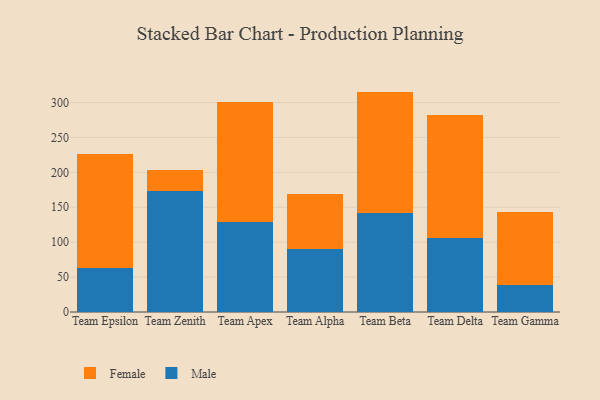
{"axis": {"x": "Team", "y": "Website Visitors"}, "legend": ["Female", "Male"], "data": [{"x": "Team Epsilon", "y": 62.4, "type": "Male"}, {"x": "Team Epsilon", "y": 163.3, "type": "Female"}, {"x": "Team Zenith", "y": 173.8, "type": "Male"}, {"x": "Team Zenith", "y": 29.7, "type": "Female"}, {"x": "Team Apex", "y": 129.2, "type": "Male"}, {"x": "Team Apex", "y": 171.0, "type": "Female"}, {"x": "Team Alpha", "y": 90.6, "type": "Male"}, {"x": "Team Alpha", "y": 78.4, "type": "Female"}, {"x": "Team Beta", "y": 141.4, "type": "Male"}, {"x": "Team Beta", "y": 174.3, "type": "Female"}, {"x": "Team Delta", "y": 105.3, "type": "Male"}, {"x": "Team Delta", "y": 177.5, "type": "Female"}, {"x": "Team Gamma", "y": 38.3, "type": "Male"}, {"x": "Team Gamma", "y": 105.0, "type": "Female"}]}